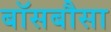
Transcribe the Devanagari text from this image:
बॉसबौसा